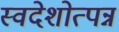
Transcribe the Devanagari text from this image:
स्वदेशोत्पन्न